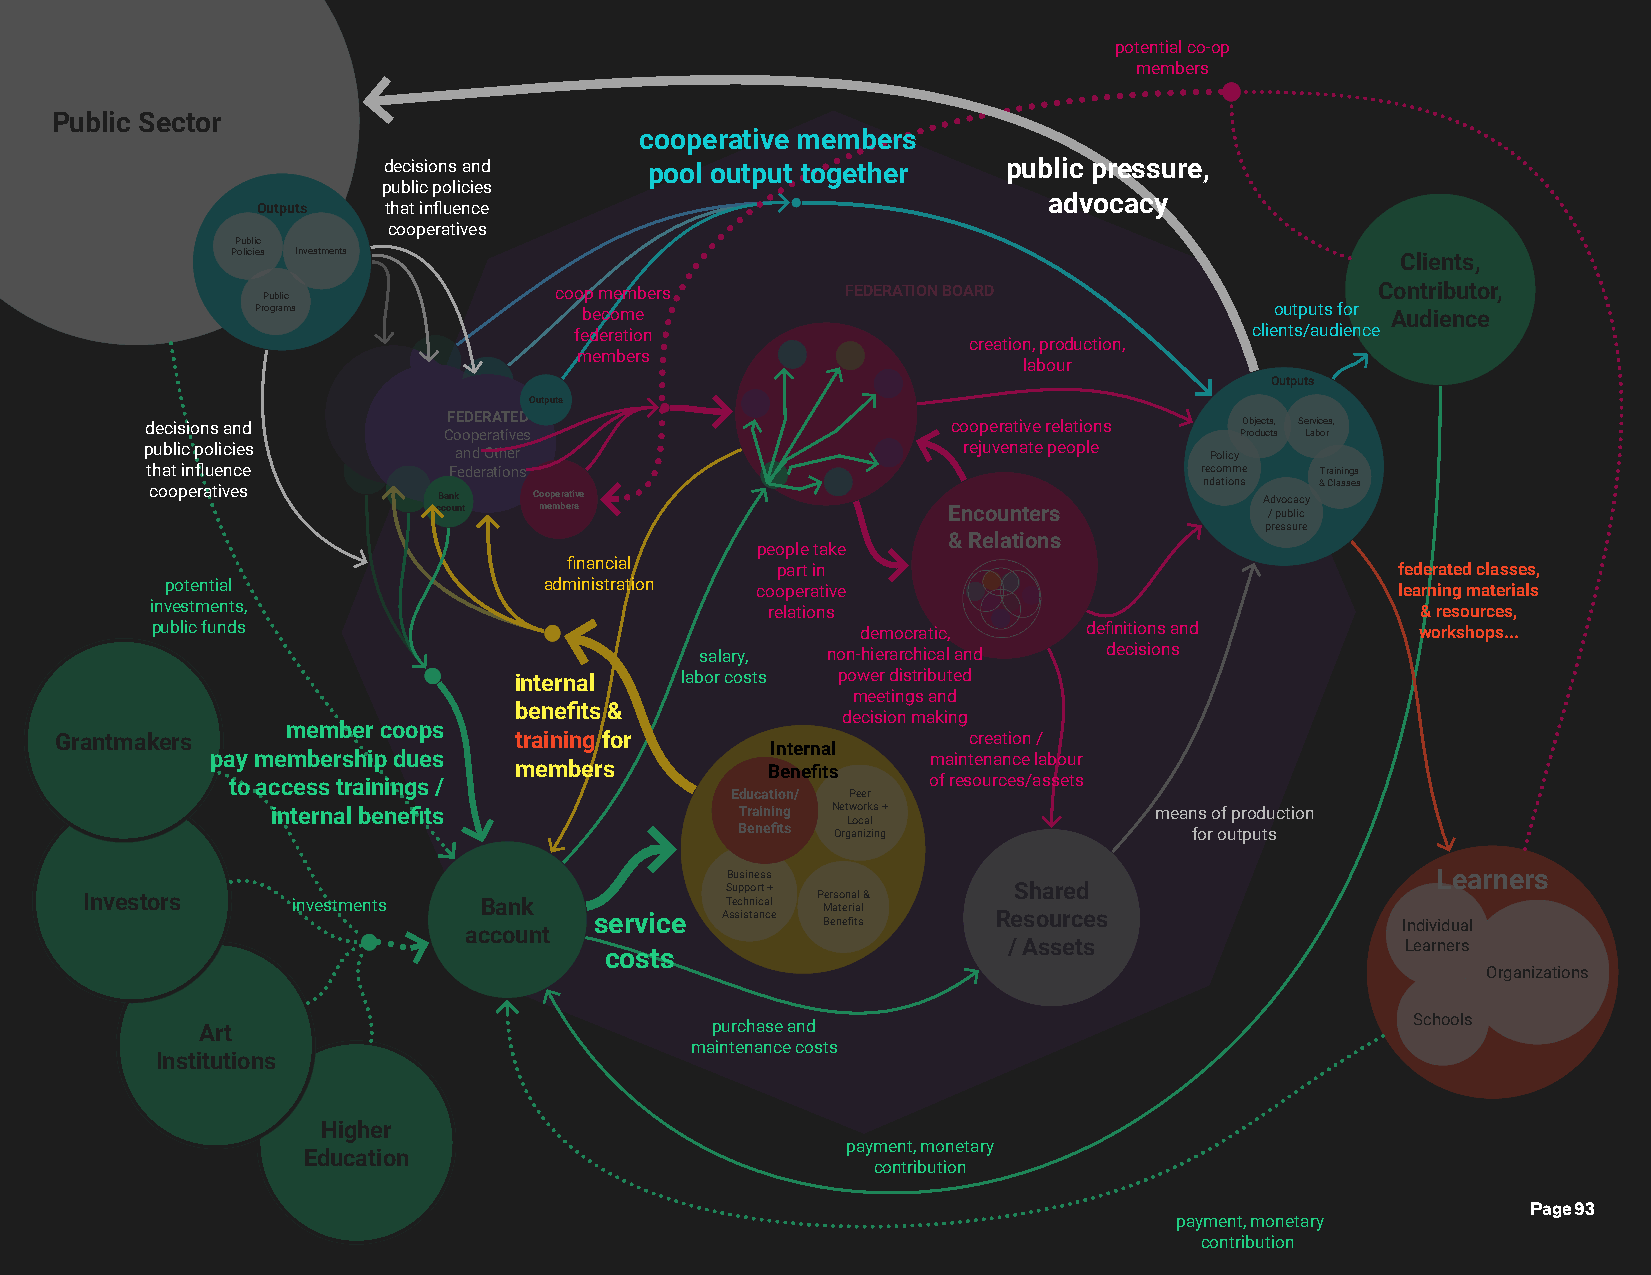
potential co-o p
 members
 Public Sector
 cooperative members
 decisions and     pool output together    public pressure,
 public policies
 advocacy
 Outputs that influence
 cooperatives
 Public
 Policies Investments                                                          Clients,
 Public              coop members       FEDERATION BOARD                   Contributor,
 Programs              become                                       outputs for Audience
 federation                                   clients/audience
 creation, production,
 members
 labour
 Outputs
 Outputs
 decisions and       FEDERATED                        cooperative relations Objects, Services,
 Cooperatives                                         Products Labor
 public policies     and Other                         rejuvenate people Policy
 that influence      Federations                                      recomme Trainings
 cooperatives       Bank  Cooperative                                  ndations Advocacy & Classes
 account members                   Encounters           / public
 pressure
 & Relations
 people take
 financial
 part in                                  federated classes,
 potential                administration cooperative                               learning materials
 investments,                             relations                                  & resources,
 public funds                                   democratic,    definitions and       workshops...
 salary,  non- hierarchical and decisions
 internal   labor costs power distributed
 meetings and
 benefits &
 decision making
 member coops
 Grantmakers                   training for                  creation /
 Internal
 pay membership dues                             maintenance labour
 members          Benefits
 to access trainings /                         of resources/assets
 Education/ Peer
 internal benefits              Training Networks +        means of production
 Local
 Benefits Organizing           for outputs
 Business                                       Learners
 Support +          Shared
 Investors     investments  Bank            Technical P Mer as to en ra ial l&
 service  Assistance Benefits Resources                Individual
 account
 / Assets                  Learners
 costs
 Organizations
 Art                               purchase and                                   Schools
 maintenance costs
 Institutions
 Higher
 payment, monetary
 Education
 contribution
 Page 93
 payment, monetary
 contribution